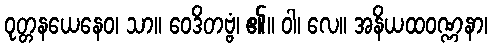
ဝုတ္တနယေနေဝ၊ သာ။ ဝေဒိတဗ္ဗံ၊ ၏။ ဝါ၊ လေ။ အနိယထဝဏ္ဏနာ၊